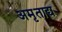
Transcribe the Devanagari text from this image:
अमृताद्य